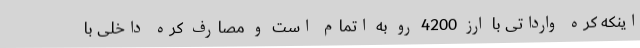
اینکه کره وارداتی با ارز 4200 رو به اتمام است و مصارف کره داخلی با